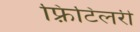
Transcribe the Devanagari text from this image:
फ़्रिटिलरी